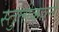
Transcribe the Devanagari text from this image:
स्तुतीकवने